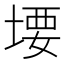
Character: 㙘